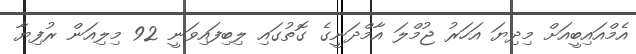
އެމްއައިބީއަށް މިދިޔަ އަހަރު ޖުމްލަ އާމްދަނީގެ ގޮތުގައި ލިބިފައިވަނީ 92 މިލިއަން ރުފިޔާ